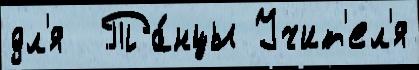
дл'я  Та́нцы Учит'ел'я